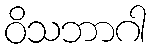
ဝိသဘာဂါ